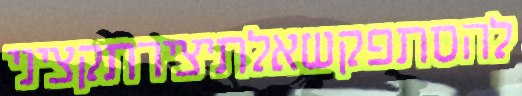
להסתפקשאלתיצירתקציני